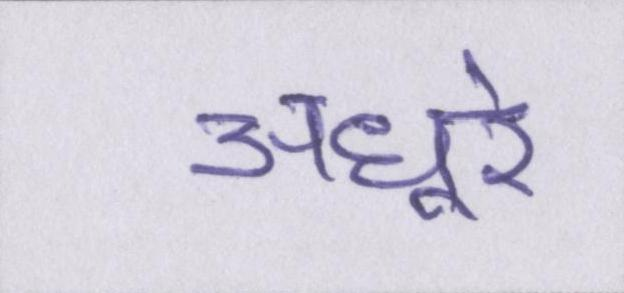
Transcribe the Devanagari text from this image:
अधूरे